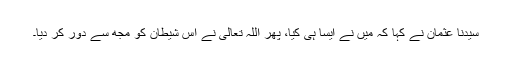
سیدنا عثمانؓ نے کہا کہ میں نے ایسا ہی کیا، پھر اللہ تعالیٰ نے اس شیطان کو مجھ سے دور کر دیا۔